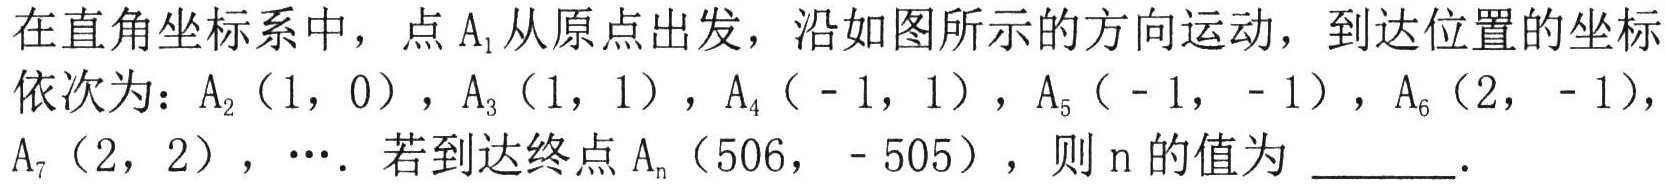
在直角坐标系中，点$A_{1}$从原点出发，沿如图所示的方向运动，到达位置的坐标依次为：$A_{2}(1,0)$，$A_{3}(1,1)$，$A_{4}(-1,1)$，$A_{5}(-1,-1)$，$A_{6}(2,-1)$，$A_{7}(2,2)$，$\cdots$．若到达终点$A_{n}(506,-505)$，则$n$的值为$\underline{\quad\quad}$．